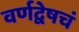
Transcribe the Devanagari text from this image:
वर्णद्वेषचं